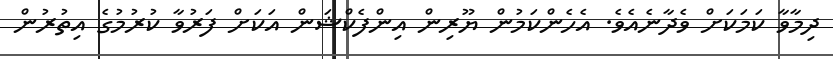
ދިމާވާ ކަމަކަށް ވެދާނެއެވެ. އެހެންކަމުން ޔޫރިން އިންފެކްޝަން އަކަށް ފަރުވާ ކުރުމުގެ އިތުރުން